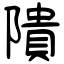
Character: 隤